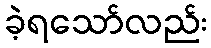
ခဲ့ရသော်လည်း